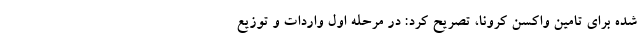
شده برای تامین واکسن کرونا، تصریح کرد: در مرحله اول واردات و توزیع